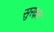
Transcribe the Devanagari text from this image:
सुरक्षत